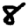
Digit: 8